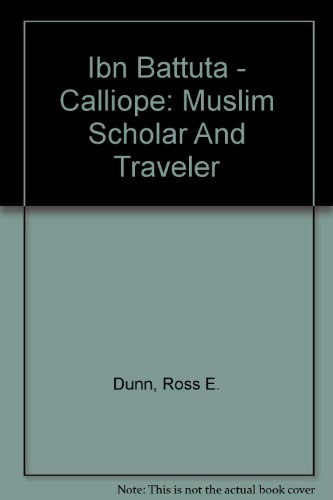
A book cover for Ibn Battuta - Calliope: Muslim Scholar And Traveler; Ross E. Dunn; Children's Books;